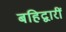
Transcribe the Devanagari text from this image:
बहिद्वारीं